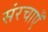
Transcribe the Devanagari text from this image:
संरचाएँ